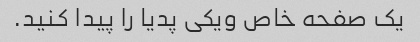
یک صفحه خاص ویکی پدیا را پیدا کنید.